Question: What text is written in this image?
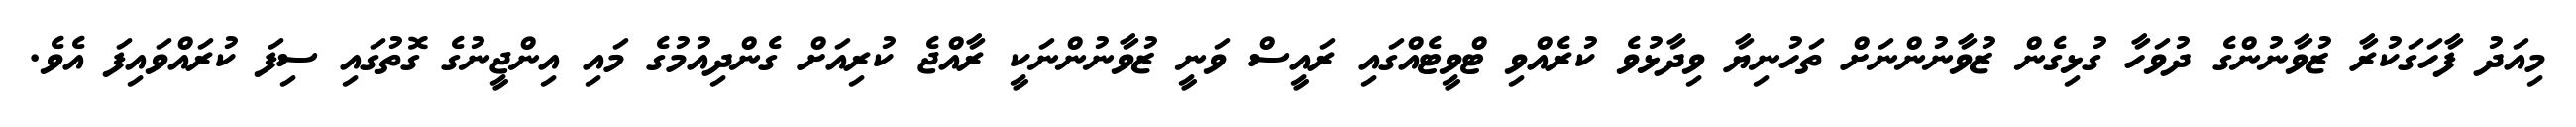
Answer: މިއަދު ފާހަގަކުރާ ޒުވާނުންގެ ދުވަހާ ގުޅިގެން ޒުވާނުންނަށް ތަހުނިޔާ ވިދާޅުވެ ކުރެއްވި ޓްވީޓެއްގައި ރައީސް ވަނީ ޒުވާނުންނަކީ ރާއްޖެ ކުރިއަށް ގެންދިއުމުގެ މައި އިންޖީނުގެ ގޮތުގައި ސިފަ ކުރައްވައިފަ އެވެ.